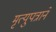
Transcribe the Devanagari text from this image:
मृत्युपत्राने